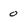
Character: 0